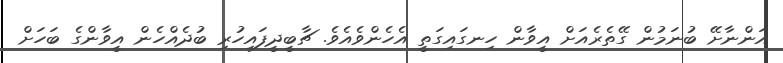
އަންނާށޭ ބުނަމުން ގޭތެރެއަށް އީވާން ހިނގައިގަތީ އެހެންވެއެވެ. ޗާބީދީފައިހުރި ބުދެއްހެން އީވާންގެ ބަހަށް